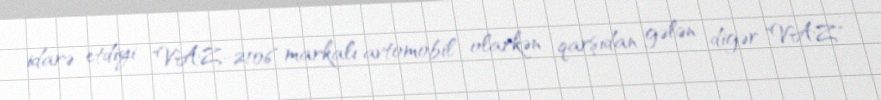
idarə etdiyi "VAZ-2106" markalı avtomobil olarkən qarşıdan gələn digər "VAZ"